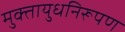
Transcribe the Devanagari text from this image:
मुक्तायुधनिरूपण